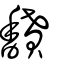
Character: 馩